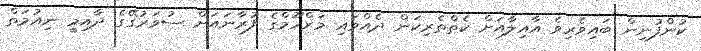
ކުންފުނިން ބައިވެރިވެ އާއިލާއަށް ކެތްތެރިކަން ދެއްވައި މަރްހޫމްގެ ފުރާނައަށް ސުވަރުގޭގެ ދާއިމީ ނިއުމަތް